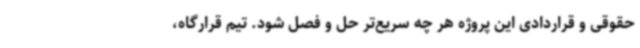
حقوقی و قراردادی این پروژه هر چه سریع‌تر حل و فصل شود. تیم قرارگاه،